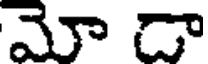
మో డా